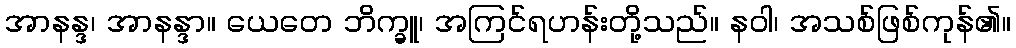
အာနန္ဒ၊ အာနန္ဒာ။ ယေတေ ဘိက္ခူ၊ အကြင်ရဟန်းတို့သည်။ နဝါ၊ အသစ်ဖြစ်ကုန်၏။